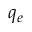
q _ { e }